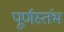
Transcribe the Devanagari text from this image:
पूर्णस्तंभ